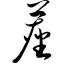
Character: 尘